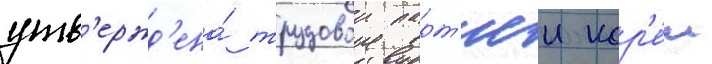
утв'ержд'ена́ трудовои парт'иеи кор'е́и